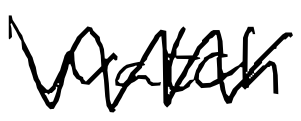
Text: watch
Cross-out: zig-zag
Writing tool: digital_black